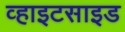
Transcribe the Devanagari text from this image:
व्हाइटसाइड